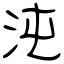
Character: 沌